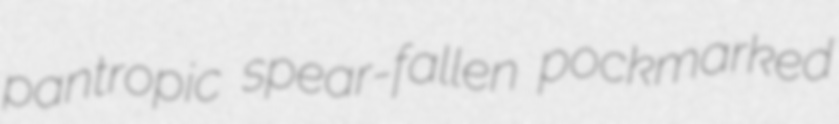
pantropic spear-fallen pockmarked